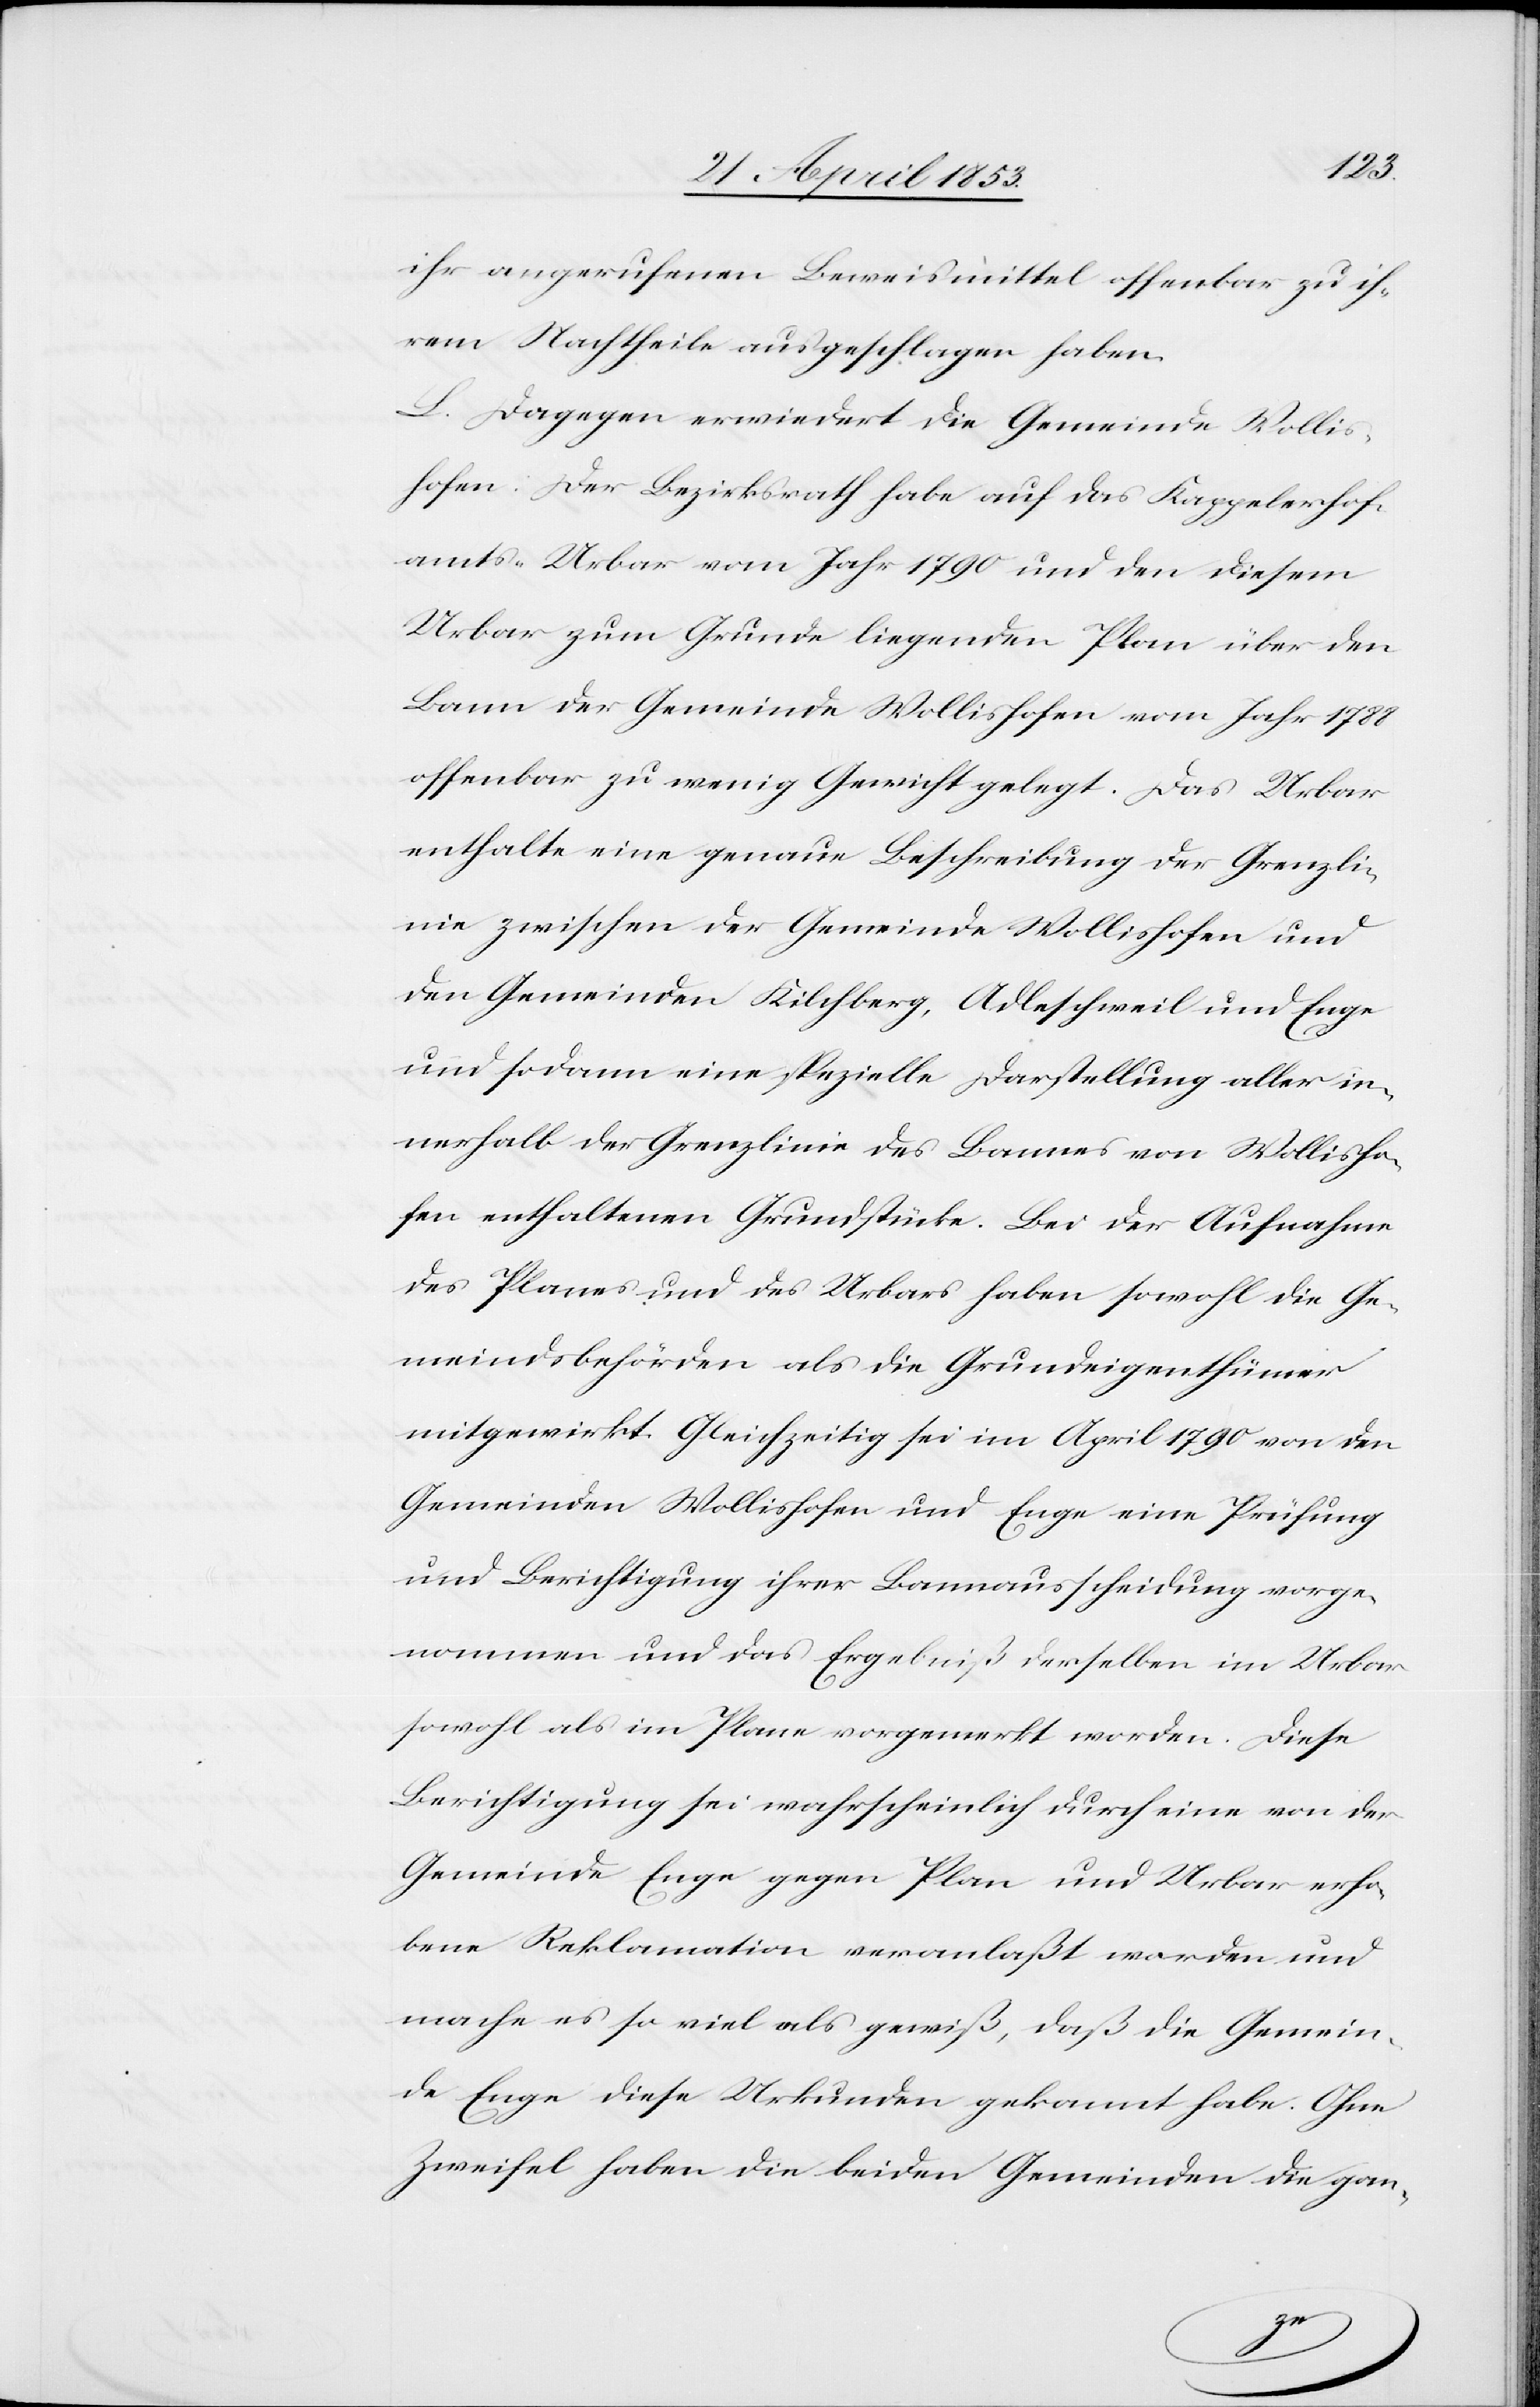
ihr aufgerufenen Beweismittel offenbar zu ih¬
rem Nachtheile ausgeschlagen haben.
L. Dagegen erwiedert die Gemeinde Wollis¬
hofen: Der Bezirksrath habe auf das Kappelerhof¬
amts-Urbar vom Jahr 1790 und den diesem
Urbar zum Grunde liegenden Plan über den
Bann der Gemeinde Wollishofen vom Jahr 1788
offenbar zu wenig Gewicht gelegt. Das Urbar
enthalte eine genaue Beschreibung der Grenzli¬
nie zwischen der Gemeinde Wollishofen und
den Gemeinden Kilchberg, Adleschweil und Enge
und sodann eine spezielle Darstellung aller in¬
nerhalb der Grenzlinie des Bannes von Wollisho¬
fen enthaltenen Grundstücke. Bei der Aufnahme
des Planes und des Urbars haben sowohl die Ge¬
meindsbehörden als die Grundeigenthümer
mitgewirkt. Gleichzeitig sei im April 1790 von den
Gemeinden Wollishofen und Enge eine Prüfung
und Berichtigung ihrer Bannausscheidung vorge¬
nommen und das Ergebniß derselben im Urbar
sowohl als im Plane vorgemerkt worden. Diese
Berichtigung sei wahrscheinlich durch eine von der
Gemeinde Enge gegen Plan und Urbar erho¬
bene Reklamation veranlaßt worden und
mache es so viel als gewiß, daß die Gemein¬
de Enge diese Urkunden gekannt habe. Ohne
Zweifel haben die beiden Gemeinden die gan-